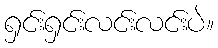
ရှင်းရှင်းလင်းလင်းပဲ။